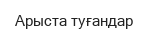
Арыста туғандар